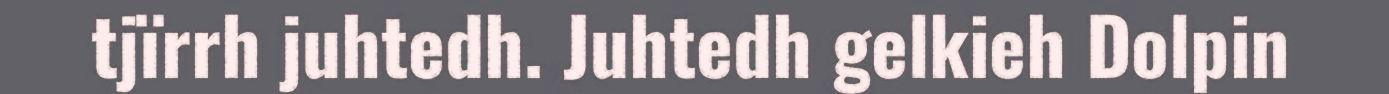
tjïrrh juhtedh. Juhtedh gelkieh Dolpin